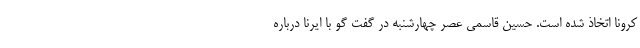
کرونا اتخاذ شده است. حسین قاسمی عصر چهارشنبه در گفت گو با ایرنا درباره